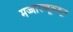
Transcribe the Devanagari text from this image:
मज्जारज्जूकडून